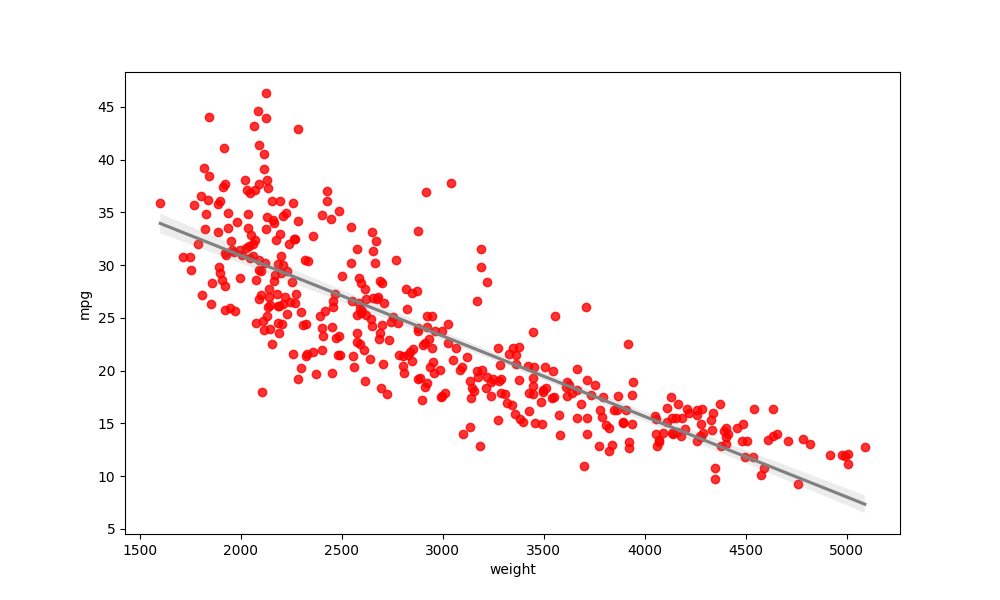
python, seaborn, regplot, order=1, ci=95, scatter_color=red, line_color=gray